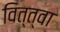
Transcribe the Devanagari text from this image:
वित्त्वा